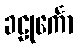
ခဠုင်္ကော